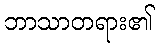
ဘာသာတရား၏